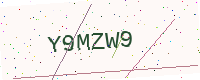
Text: Y9MZW9